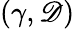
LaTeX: (\gamma,\mathscr{D})